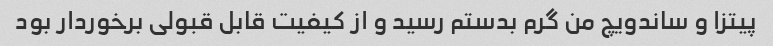
پیتزا و ساندویچ من گرم بدستم رسید و از کیفیت قابل قبولی برخوردار بود